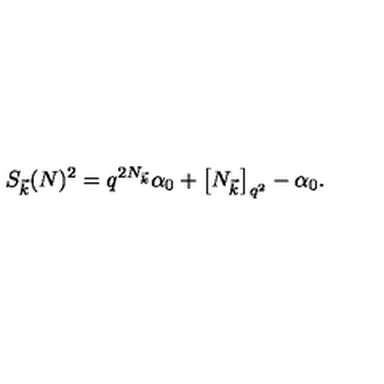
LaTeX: S _ { \vec { k } } ( N ) ^ { 2 } = q ^ { 2 N _ { \vec { k } } } \alpha _ { 0 } + \left[ N _ { \vec { k } } \right] _ { q ^ { 2 } } - \alpha _ { 0 } .